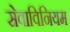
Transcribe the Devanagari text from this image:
सेवाविनियम